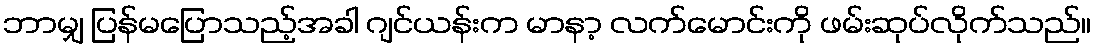
ဘာမျှ ပြန်မပြောသည့်အခါ ဂျင်ယန်းက မာနာ့ လက်မောင်းကို ဖမ်းဆုပ်လိုက်သည်။